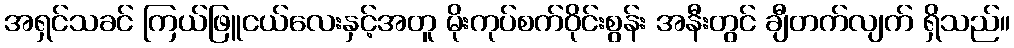
အရှင်သခင် ကြယ်ဖြူငယ်လေးနှင့်အတူ မိုးကုပ်စက်ဝိုင်းစွန်း အနီးတွင် ချီတက်လျက် ရှိသည်။